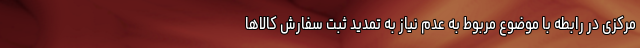
مرکزی در رابطه با موضوع مربوط به عدم نیاز به تمدید ثبت سفارش کالاها